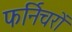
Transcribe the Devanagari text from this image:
फर्निचरों